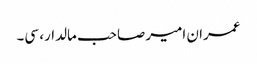
عمران امیر صاحب مالدار، سی۔